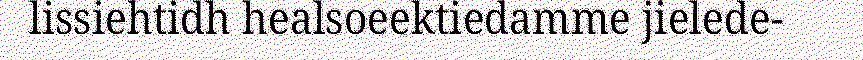
lissiehtidh healsoeektiedamme jielede-